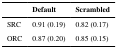
<table><thead><tr><td></td><td><b>Default</b></td><td><b>Scrambled</b></td></tr></thead><tbody><tr><td>SRC</td><td>0.91 (0.19)</td><td>0.82 (0.17)</td></tr><tr><td>ORC</td><td>0.87 (0.20)</td><td>0.85 (0.15)</td></tr></tbody></table>